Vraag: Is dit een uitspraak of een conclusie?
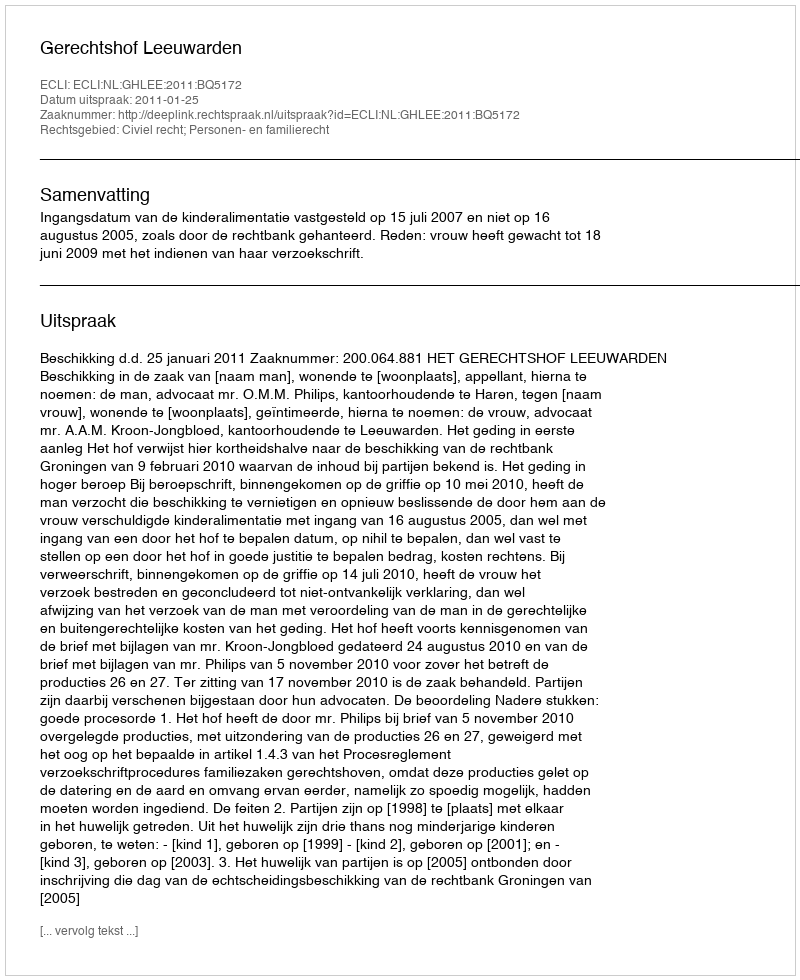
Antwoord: Uitspraak